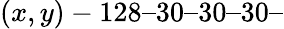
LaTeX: (x,y)-128–30–30–30–